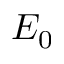
E _ { 0 }